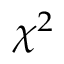
\chi ^ { 2 }